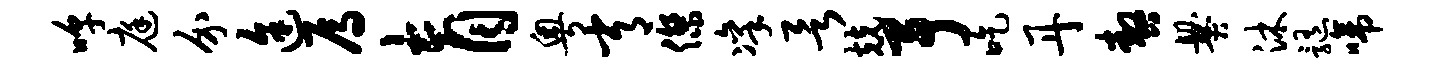
嗥庭介途焉育粤常杰凛欲兢予吃丹嗷爨沐髓啼